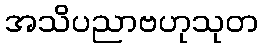
အသိပညာဗဟုသုတ